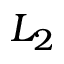
L _ { 2 }